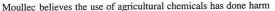
Moullec believes the use of agricultural chemicals has done harm